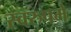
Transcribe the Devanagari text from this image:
स्वरुपमे